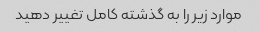
موارد زیر را به گذشته کامل تغییر دهید